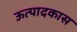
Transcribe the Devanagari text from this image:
ऊत्पादकास